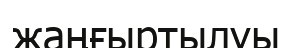
жаңғыртылуы